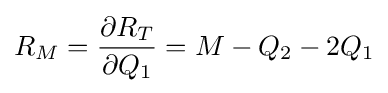
R_{M}={\frac {\partial R_{T}}{\partial Q_{1}}}=M-Q_{2}-2Q_{1}